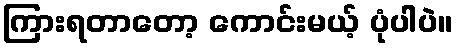
ကြားရတာတော့ ကောင်းမယ့် ပုံပါပဲ။